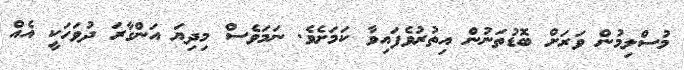
މުސްލިމުން ވަރަށް ބޮޑުތަނުން އިތުރުވެފައިވާ ކަމަށެވެ. ނަމަވެސް މިދިޔަ އަންގާރަ ދުވަހަކީ އެއް